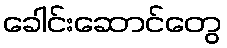
ခေါင်းဆောင်တွေ